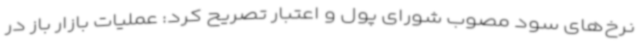
نرخ‌های سود مصوب شورای پول و اعتبار تصریح کرد: عملیات بازار باز در